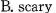
B. scary